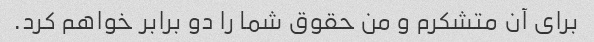
برای آن متشکرم و من حقوق شما را دو برابر خواهم کرد.